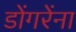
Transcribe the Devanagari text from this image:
डोंगरेंना